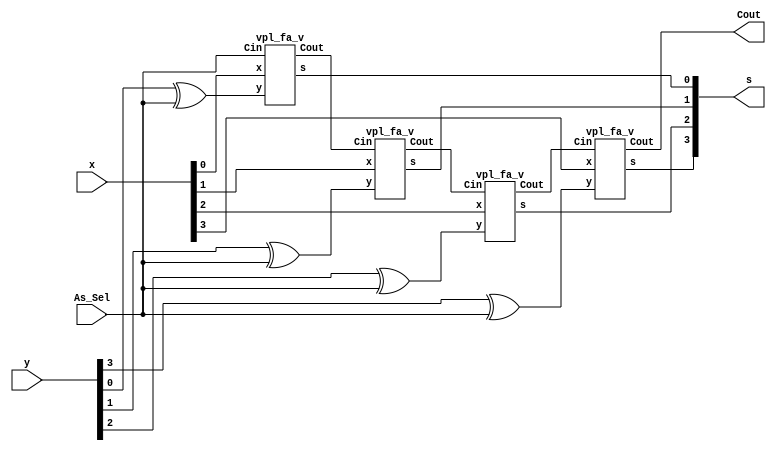
module vpl_rca_v(s, Cout, x, y, As_Sel);
	output Cout;
	output [3:0] s;
	input [3:0] x,y;
	input As_Sel;
	
	xor(d0,y[0],As_Sel);
	xor(d1,y[1],As_Sel);
	xor(d2,y[2],As_Sel);
	xor(d3,y[3],As_Sel);
	
	vpl_fa_v FA1(s[0],c1,x[0],d0,As_Sel),
		FA2(s[1],c2,x[1],d1,c1),
		FA3(s[2],c3,x[2],d2,c2),
		FA4(s[3],Cout,x[3],d3,c3);

endmodule

module vpl_fa_v (s, Cout, x, y, Cin);
	input Cin, x, y;
	output s, Cout;
	wire z1,z2,z3,z4;
	
		xor (z1, x, y);
		xor (s, Cin, z1);
		and (z2, x, y);
		and (z3, x, Cin);
		and (z4, y, Cin);
		or (Cout, z2, z3, z4);
		
endmodule